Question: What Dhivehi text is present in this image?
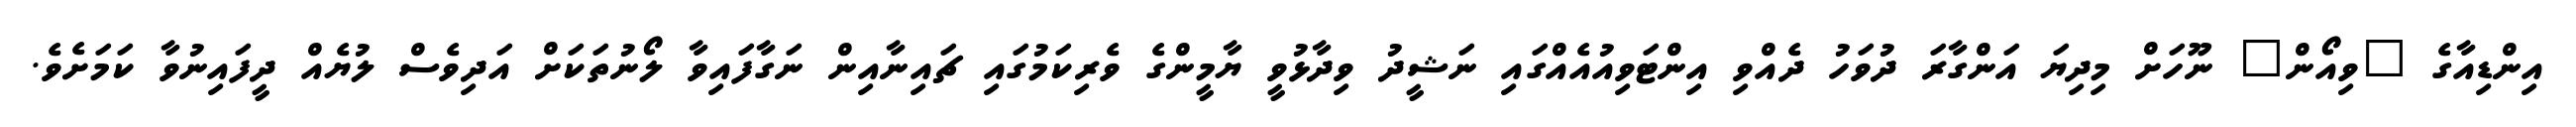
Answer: އިންޑިއާގެ "ވިއޯން" ނޫހަށް މިދިޔަ އަންގާރަ ދުވަހު ދެއްވި އިންޓަވިއުއެއްގައި ނަޝީދު ވިދާޅުވީ ޔާމީންގެ ވެރިކަމުގައި ޗައިނާއިން ނަގާފައިވާ ލޯނުތަކަށް އަދިވެސް ލުޔެއް ދީފައިނުވާ ކަމަށެވެ.